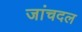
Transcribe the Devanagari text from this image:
जांचदल